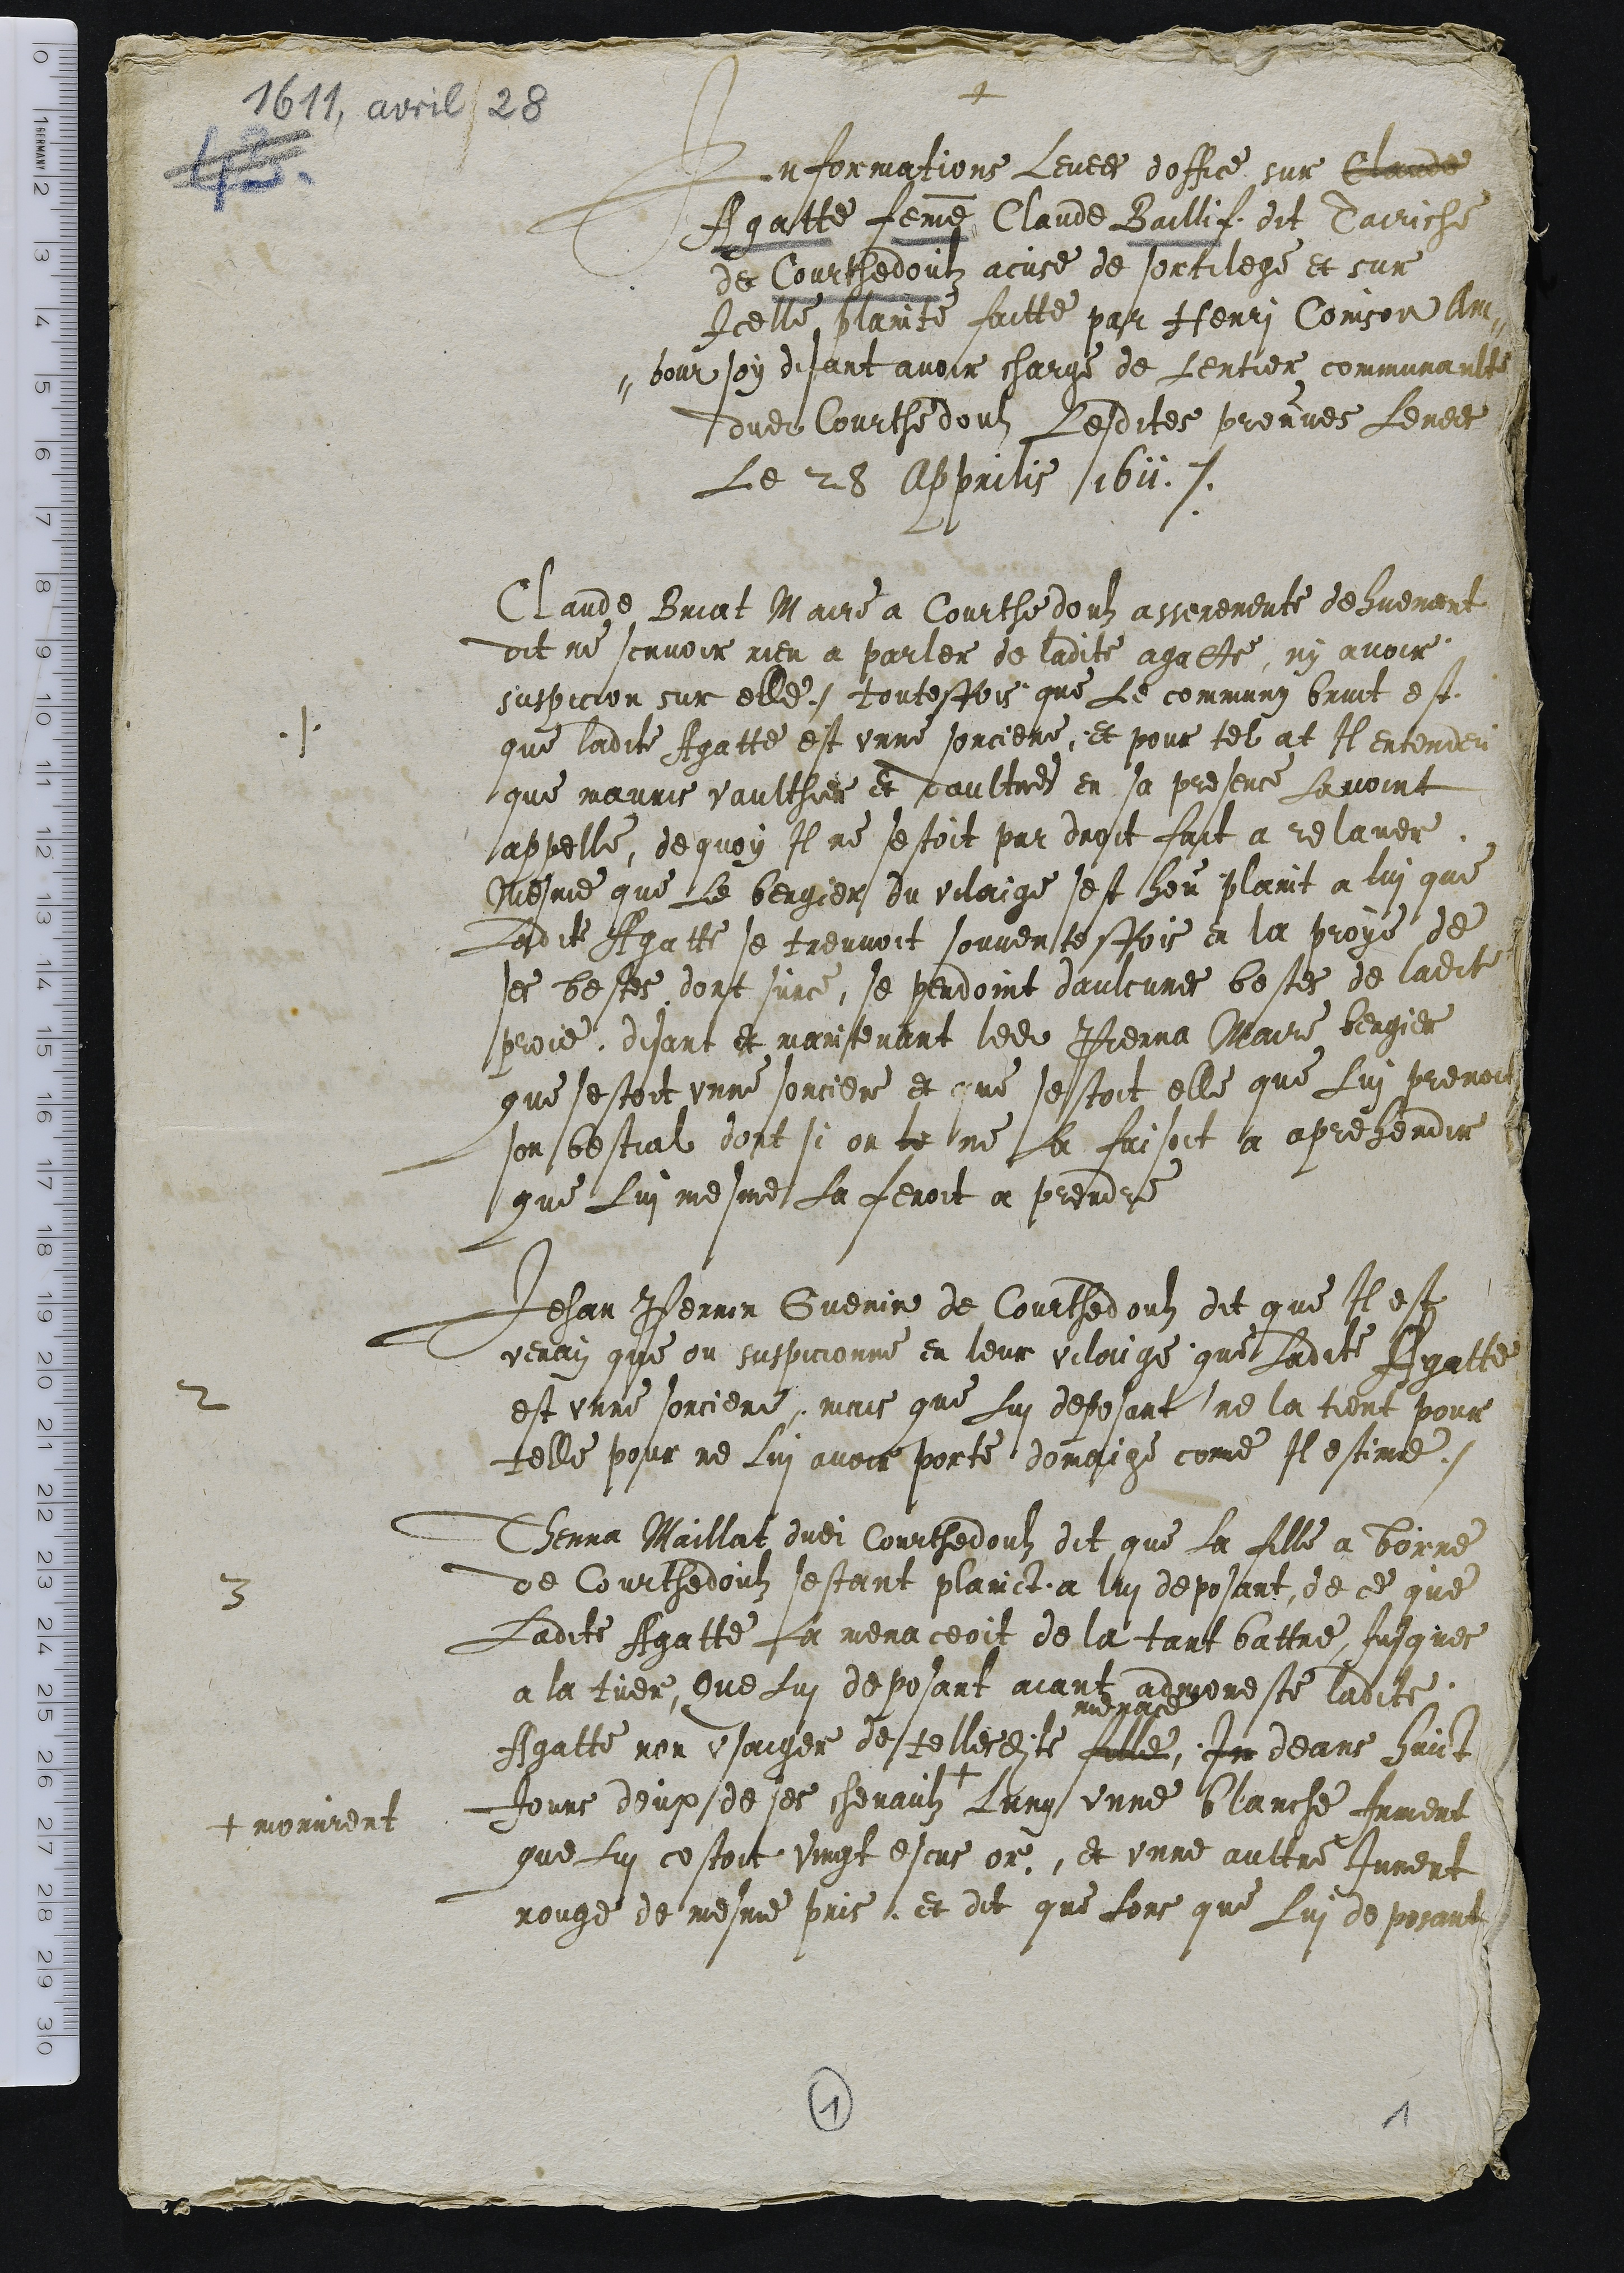
1611, avril 28
+
Informations Levees doffice sur Claude
Agatte femme Claude Baillif dit Tariche
de Courthedoulz acuse de sortilege et sur
Icelle plainte faitte par Henri Coinson Am-
-bour soy disant avoir charge de Lentier communaulte
dudit Courthedouls Lesdites preuves Levees
Le 28 Apprilis 1611.

.1. Claude Briat Maire a Courhedouls asseremente dehuement
dit ne scavoir rien a parler de ladite agatte, ny avoir
suspicion sur elle. toutesfois que Le commung bruit est
que ladite Agatte est unne sorciere, et pour tel at Il entendeu
que mauris vaulthier et daultres en sa presence Lavoint
appelle, de quoy Il ne se scoit par droit fait a relaver
Mesme que Le bergier du vilaige sest heu plaint a lui que
Ladite Agatte se treuvoit souvantesfois a la proye de
ses bestes dont surce se perdoint daulcunes bestes de ladite
proie disant et maintenant ledit Pierra Maire bergier
que sestoit unne sorciere et que sestoit elle que Lui prenoit
son bestial dont si on le ne La faisoit a aprehendir
que Lui mesme La feroit a prendre
2
Jehan Perrin Guenin de Courthedouls dit que Il est
veray que on suspicionne en leur vilaige que Ladite Agatte
est unne sorciere, mais que Lui deposant ne la tient pour
telle pour ne Lui avoir porte domaige comme Il estime.
3
Thenna Maillat dudit Courthedoulz dit que la fille a Borne
ade Courthedoulz sestant plainct a luy deposant de ce que
Ladite Agatte La meaceoit de la tant battre Jusques
a la tuer, Que Luy deposant aiant admoneste ladite
Agatte non usaiger de tellesdites
menace
fille In deans huict
Jours deux de ses chevaulz +
+ morurent
Lung unne blanche Jument
que Lui costoit Vingt escus or, et unne aultre Jument
rouge de mesme pris et dit que Lors que Lui deposant

1
1